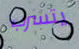
يتسرب